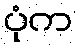
ပုံက